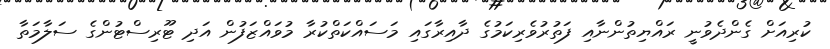
ކުރިއަށް ގެންދެވުނީ ރައްޔިތުންނާއި ފަތުރުވެރިކަމުގެ ދާއިރާގައި މަސައްކަތްކުރާ މުވައްޒަފުން އަދި ޓޫރިސްޓުންގެ ސަލާމަތާ